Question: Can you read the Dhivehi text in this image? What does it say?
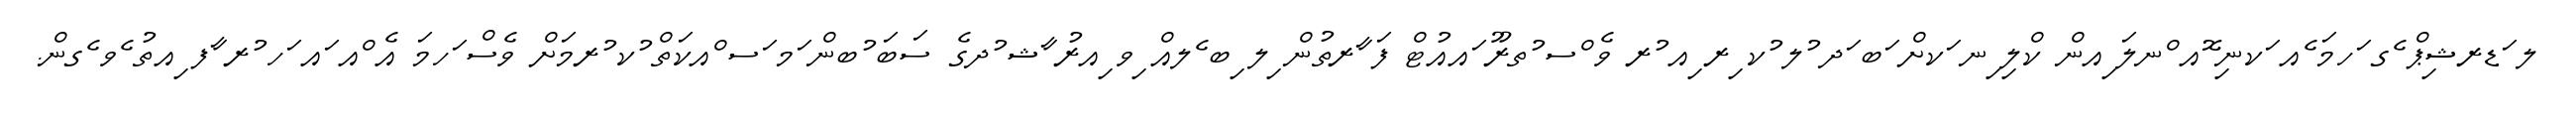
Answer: ލ ަޑރޝިޕް ެގ ަހމަ ެއ ަކނި ޮއ ްނލަ ިއން ކްލި ިނ ަކށް ަބ ަދ ުލ ުކ ިރ ިއ ުރ ވެ ްސ ުތރޫ ައއުޓް ފަ ާރތުން ިލ ިބ ެލއް ިވ ިއރު ާޝ ުދގެ ސަބަ ުބން ަމ ަސ ްއކަތް ުކ ުރމަށް ވެސް ަހމަ އެ ްއ ައ ަހ ުރ ާފ ިއތު ެވ ެގން.